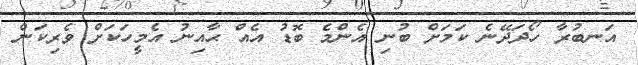
އަނބުރާ ހޯދަދޭނެ ކަމަށް ބުނި އެންމެ ބޮޑު އެއް ޙާއިނު އެމީހަކަށް ވެރިކަން